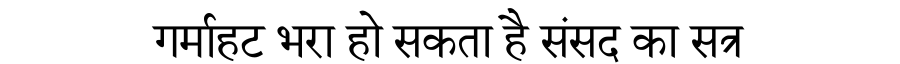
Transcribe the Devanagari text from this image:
गर्माहट भरा हो सकता है संसद का सत्र